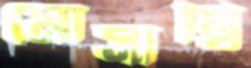
মোসাম্বি